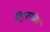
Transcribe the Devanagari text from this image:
रिइनफ़ोर्स्ड